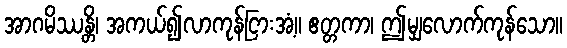
အာဂမိဿန္တိ၊ အကယ်၍လာကုန်ငြားအံ့။ ဧတ္တကာ၊ ဤမျှလောက်ကုန်သော။